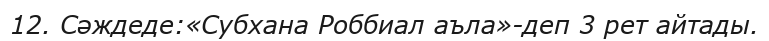
12. Сәждеде:«Субхана Роббиал аъла»-деп 3 рет айтады.